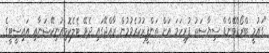
"ގައުމީ ބްރޯޑްބޭންޑް ސިޔާސަތު ފުރިހަމަ އަށް ތަންފީޒުކުރެވުމުން ރާއްޖޭގައި ދެވޭ ޓެލެކޮމިއުނިކޭޝަނާއި އައިސީޓީގެ